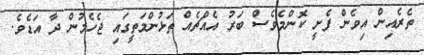
ތެރެއިން އިވެން ފެށީ ކޮންމެވެސް ބަރު އެއްޗެއް ތަޅުންމަތީގައި ޖެހެމުން ދާ އަޑެވެ.